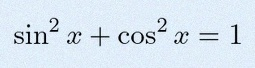
\sin^2x+\cos^2x=1